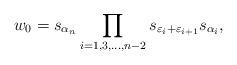
LaTeX: \begin{align*} w_0 = s_{\alpha_n}\prod\limits_{i = 1,3,...,n-2} s_{\varepsilon_i + \varepsilon_{i+1}}s_{\alpha_i},\end{align*}